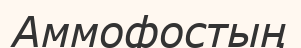
Аммофостың